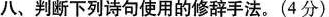
八、判断下列诗句使用的修辞手法。(4分)